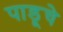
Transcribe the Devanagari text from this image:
पाडूचे